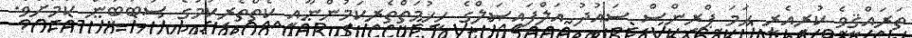
ތަރައްޤީވެ ކުރިއެރީ ހަމަ ޕްރިންސް ސައުދު އަލްފައިޞަލްގެ ހިޚުމަތްތެރިކަމުންނާއި ކެތްތެރިކަމުގެ ސަބަބުން ކަމަށެވެ.